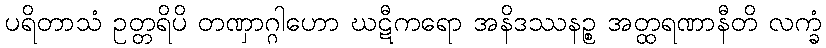
ပရိတာသံ ဥတ္တရိပိ တဏှာဂ္ဂါဟော ဃဋီကရော အနိဒဿနဉ္စ အတ္ထရဏာနီတိ လက္ခံ